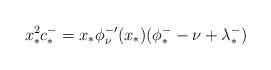
LaTeX: \begin{align*}x_*^2 c^-_*=x_*\phi^{-\prime}_{\nu}(x_*)(\phi_*^--\nu+\lambda_*^-)\end{align*}